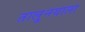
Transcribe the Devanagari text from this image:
तालु्नयाला